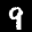
Label: 9